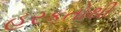
હરકતોથી